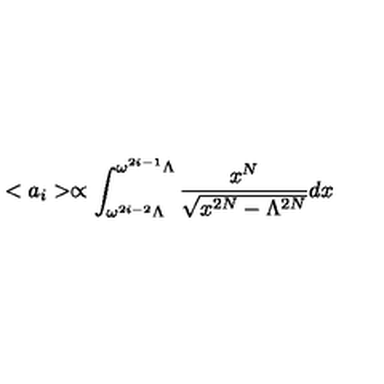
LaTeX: < a _ { i } > \propto \int _ { \omega ^ { 2 i - 2 } \Lambda } ^ { \omega ^ { 2 i - 1 } \Lambda } \frac { x ^ { N } } { \sqrt { x ^ { 2 N } - \Lambda ^ { 2 N } } } d x